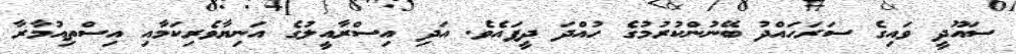
ސައޫދީ ވައިގެ ސަރަހައްދު ބޭނުންކުރުމުގެ ހުއްދަ ދީފައެވެ. އަދި އިސްރާއީލުގެ އަނިޔާވެރިކަމާއި އިސްތިއުމާރާ